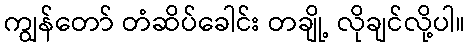
ကျွန်တော် တံဆိပ်ခေါင်း တချို့ လိုချင်လို့ပါ။